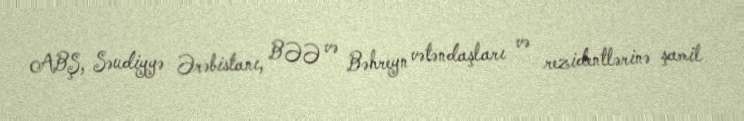
ABŞ, Səudiyyə Ərəbistanı, BƏƏ və Bəhreyn vətəndaşları və rezidentlərinə şamil